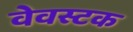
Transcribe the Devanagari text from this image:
वेवस्टक